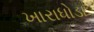
ખારાધોડા